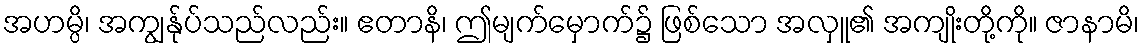
အဟမ္ပိ၊ အကျွန်ုပ်သည်လည်း။ ဧတာနိ၊ ဤမျက်မှောက်၌ ဖြစ်သော အလှူ၏ အကျိုးတို့ကို။ ဇာနာမိ၊